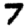
Digit: 7